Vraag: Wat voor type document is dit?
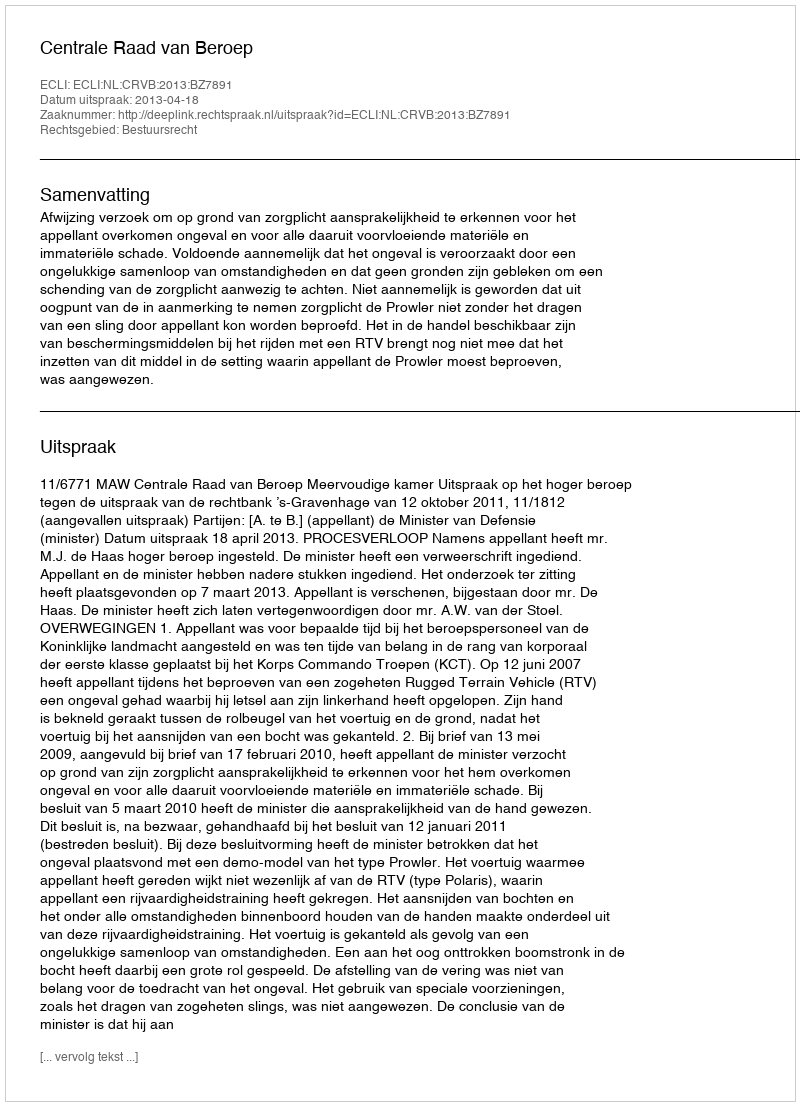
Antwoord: Uitspraak